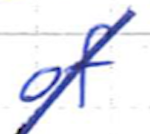
Text: of
Cross-out: diagonal
Writing tool: ballpoint